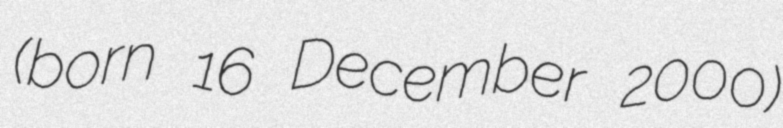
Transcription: (born 16 December 2000)